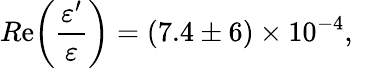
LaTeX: R\mathrm{e}\biggl(\frac{{\varepsilon^{\prime}}}{{\varepsilon}}\biggr)=(7.4\pm6)\times10^{-4},\, \, \, \, \, \,